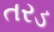
તરડ